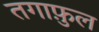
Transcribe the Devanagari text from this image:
तगाफ़ुल